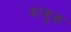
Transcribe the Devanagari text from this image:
झाबुक